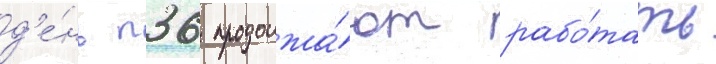
д'е́нь п36 продолжа́ют рабо́тать